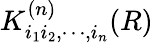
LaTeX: K_{i_{1}i_{2},\cdots,i_{n}}^{(n)}(R)